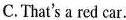
C.That's a red car.